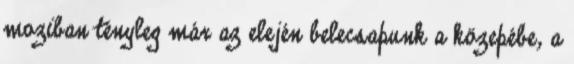
moziban tényleg már az elején belecsapunk a közepébe, a